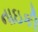
નાઇકી